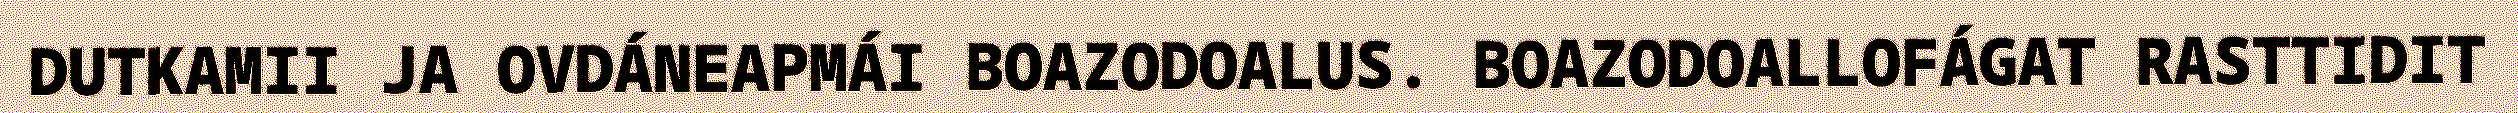
DUTKAMII JA OVDÁNEAPMÁI BOAZODOALUS. BOAZODOALLOFÁGAT RASTTIDIT